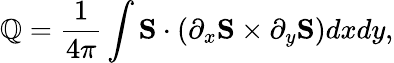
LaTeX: \mathbb{Q}=\frac{{1}}{{4\pi}}\int\mathbf{{S}}\cdot\left(\partial_{x}\mathbf{{S}}\times\partial_{y}\mathbf{{S}}\right)dxdy,